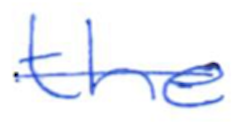
Text: the
Cross-out: single-line
Writing tool: ballpoint